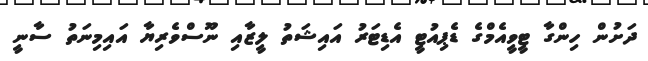
ދަށުން ހިންގާ ޓީވީއެމްގެ ޑެޕިއުޓީ އެޑިޓަރު އައިޝަތު ލީޒާއި ނޫސްވެރިޔާ އައިމިނަތު ސާނީ